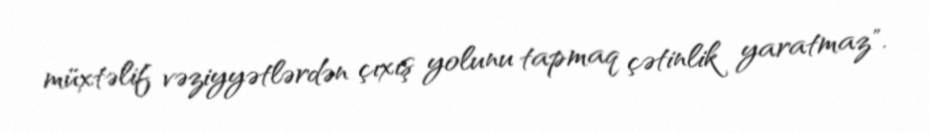
müxtəlif vəziyyətlərdən çıxış yolunu tapmaq çətinlik yaratmaz".